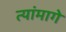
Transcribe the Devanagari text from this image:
त्यांमागे